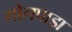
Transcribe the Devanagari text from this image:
गोलपाड़ा